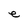
Character: e